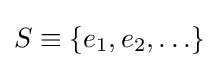
S\equiv \{e_{1},e_{2},\ldots \}